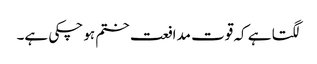
لگتا ہے کہ قوت مدافعت ختم ہو چکی ہے۔